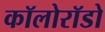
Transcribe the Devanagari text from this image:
कॉलोरॉडो